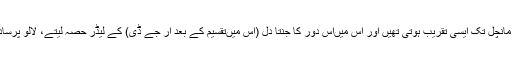
راجدھانی پٹنہ سے لے کر دور دراز کے گرامانچل تک ایسی تقریب ہوتی تھیں اور اس میںاس دور کا جنتا دل (اس میںتقسیم کے بعد آر جے ڈی) کے لیڈر حصہ لیتے، لالو پرساد کی طرف سے یقین دہانی کی جھڑی لگاتے۔